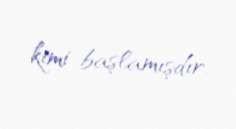
kimi başlamışdır.